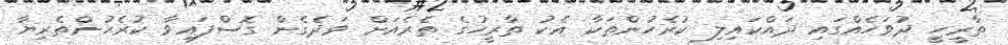
ތާރީހީ ދުވަހެއްގައި ދައްކައިލި ކުރެހުންތަކާ އެކު ތާރީހުގެ ތެރެއަށް ވަދެގެން ގޮސްފައިވާ ކުރެހުންތެރިޔާ